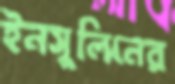
ইনসুলিনের